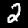
Label: 2